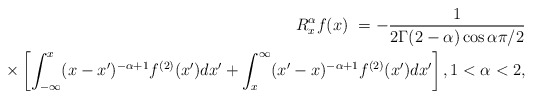
\begin{align*}R_{x}^{\alpha}f(x)\ =-\frac{1}{2\Gamma(2-\alpha)\cos\alpha\pi/2}\\\times\left[ \int_{-\infty}^{x}(x-x^{\prime})^{-\alpha+1}f^{(2)}(x^{\prime})dx^{\prime}+\int_{x}^{\infty}(x^{\prime}-x)^{-\alpha+1}f^{(2)}(x^{\prime})dx^{\prime}\right] ,1<\alpha<2,\end{align*}